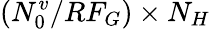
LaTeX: (N_{0}^{v}/RF_{G})\times N_{H}